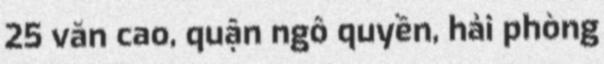
25 văn cao, quận ngô quyền, hải phòng